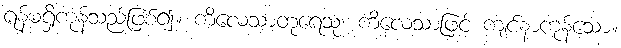
ရန်မရှိကုန်သည်ဖြစ်၍။ ကိလေသာတုရေသု၊ ကိလေသာဖြင့် ကျင်နာကုန်သော။